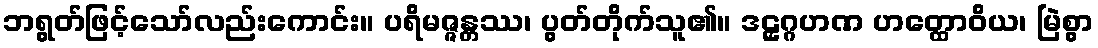
ဘရွတ်ဖြင့်သော်လည်းကောင်း။ ပရိမဇ္ဇန္တဿ၊ ပွတ်တိုက်သူ၏။ ဒဠှဂ္ဂဟဏ ဟတ္ထောဝိယ၊ မြဲစွာ